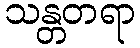
သန္တတရာ